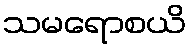
သမရောစယိ